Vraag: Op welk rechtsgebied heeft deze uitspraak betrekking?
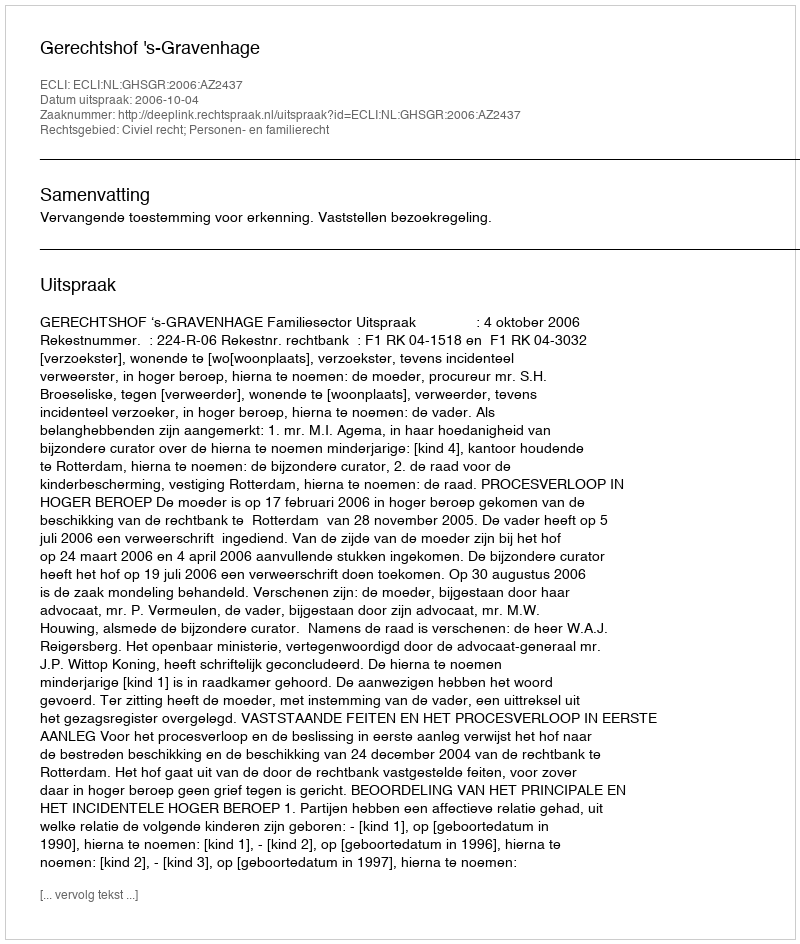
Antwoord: Civiel recht; Personen- en familierecht